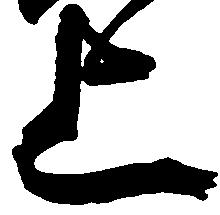
上